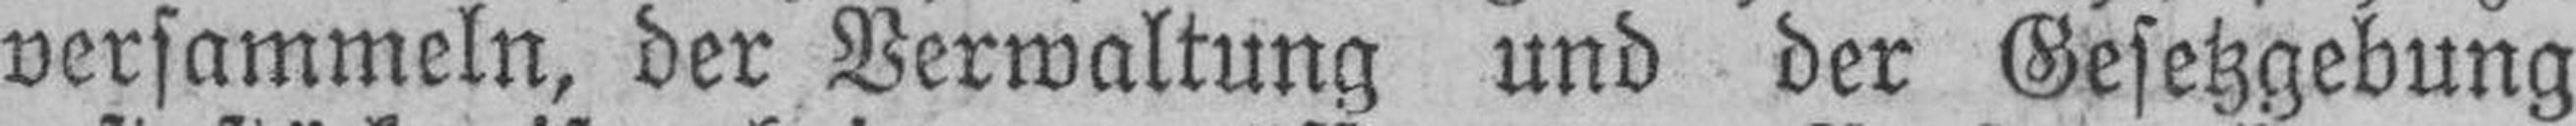
versammeln, der Verwaltung und der Gesetzgebung